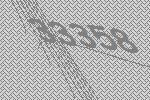
33358